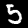
Label: 5